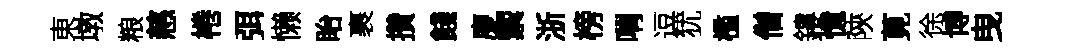
東墩粮慈棬弭懒眙裹攢餞廖籞浙榜喟逗犹檻僧鏤憶陝莧徐博曳